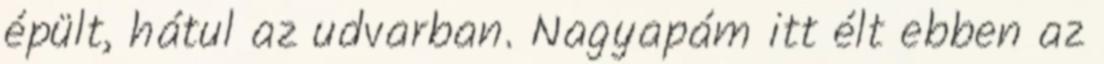
épült, hátul az udvarban. Nagyapám itt élt ebben az